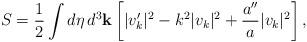
LaTeX: \begin{align*}S = \frac{1}{2} \int d \eta \, d^3{\bf k} \left[ \vert v_k' \vert^2 -k^2 \vert v_k \vert^2 + \frac{a''}{a} \vert v_k \vert^2 \right],\end{align*}